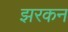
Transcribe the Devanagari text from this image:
झरकन